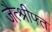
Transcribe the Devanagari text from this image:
जैत्श्रीफ्त